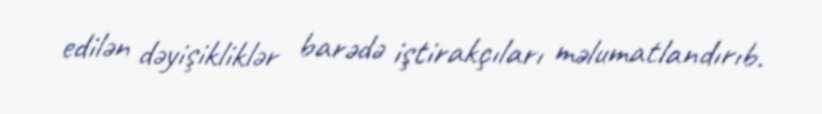
edilən dəyişikliklər barədə iştirakçıları məlumatlandırıb.